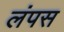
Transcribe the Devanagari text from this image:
लंपस